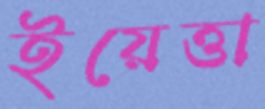
ইয়েত্তা